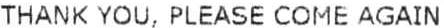
THANK YOU, PLEASE COME AGAIN